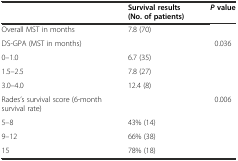
<table><thead><tr><td></td><td><b>Survival results (No. of patients)</b></td><td><b><i>P</i>value</b></td></tr></thead><tbody><tr><td>Overall MST in months</td><td>7.8 (70)</td><td></td></tr><tr><td>DS-GPA (MST in months)</td><td></td><td>0.036</td></tr><tr><td>0–1.0</td><td>6.7 (35)</td><td></td></tr><tr><td>1.5–2.5</td><td>7.8 (27)</td><td></td></tr><tr><td>3.0–4.0</td><td>12.4 (8)</td><td></td></tr><tr><td>Rades’s survival score (6-month survival rate)</td><td></td><td>0.006</td></tr><tr><td>5–8</td><td>43% (14)</td><td></td></tr><tr><td>9–12</td><td>66% (38)</td><td></td></tr><tr><td>15</td><td>78% (18)</td><td></td></tr></tbody></table>